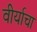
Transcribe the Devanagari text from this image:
वीर्याचा